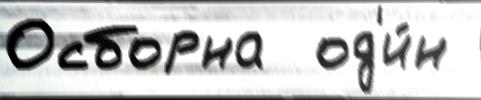
Осборна  од'и́н